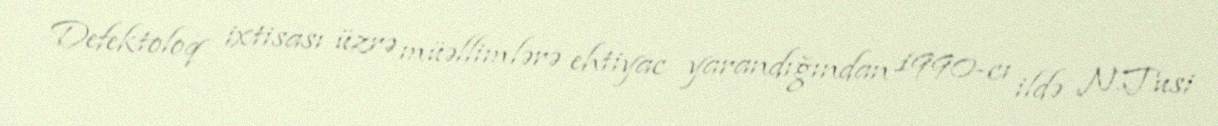
Defektoloq ixtisası üzrə müəllimlərə ehtiyac yarandığından 1990-cı ildə N.Tusi